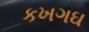
કખગઘ